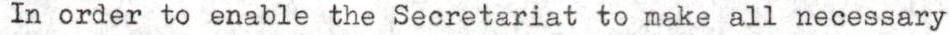
In order to enable the Secretariat to make all necessary